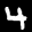
Label: 4